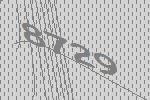
8729